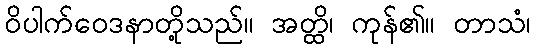
ဝိပါက်ဝေဒနာတို့သည်။ အတ္ထိ၊ ကုန်၏။ တာသံ၊